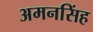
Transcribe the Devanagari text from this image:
अमनसिंह